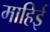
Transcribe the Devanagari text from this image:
माहिई